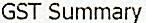
GST SUMMARY